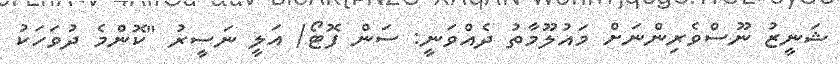
ޝަނީޒު ނޫސްވެރިންނަށް މައުލޫމާތު ދެއްވަނީ: ސަން ފޮޓޯ/ އަލީ ނަސީރު "ކޮންމެ ދުވަހަކު